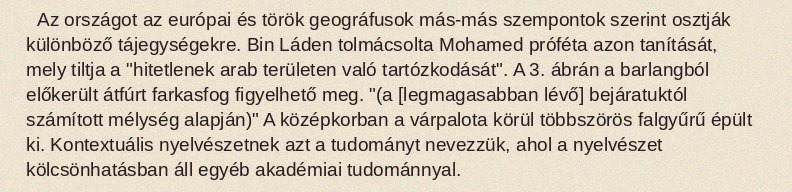
Az országot az európai és török geográfusok más-más szempontok szerint osztják különböző tájegységekre. Bin Láden tolmácsolta Mohamed próféta azon tanítását, mely tiltja a "hitetlenek arab területen való tartózkodását". A 3. ábrán a barlangból előkerült átfúrt farkasfog figyelhető meg. "(a [legmagasabban lévő] bejáratuktól számított mélység alapján)" A középkorban a várpalota körül többszörös falgyűrű épült ki. Kontextuális nyelvészetnek azt a tudományt nevezzük, ahol a nyelvészet kölcsönhatásban áll egyéb akadémiai tudománnyal.